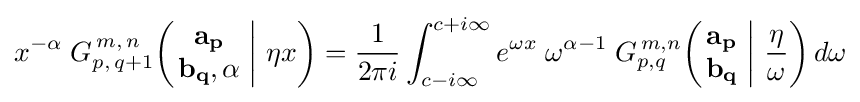
x^{-\alpha }\;G_{p,\,q+1}^{\,m,\,n}\!\left(\left.{\begin{matrix}\mathbf {a_{p}} \\\mathbf {b_{q}} ,\alpha \end{matrix}}\;\right|\,\eta x\right)={\frac {1}{2\pi i}}\int _{c-i\infty }^{c+i\infty }e^{\omega x}\;\omega ^{\alpha -1}\;G_{p,q}^{\,m,n}\!\left(\left.{\begin{matrix}\mathbf {a_{p}} \\\mathbf {b_{q}} \end{matrix}}\;\right|\,{\frac {\eta }{\omega }}\right)d\omega